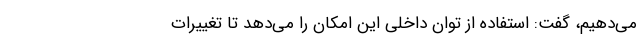
می‌دهیم، گفت: استفاده از توان داخلی این امکان را می‌دهد تا تغییرات